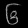
Digit: ၆